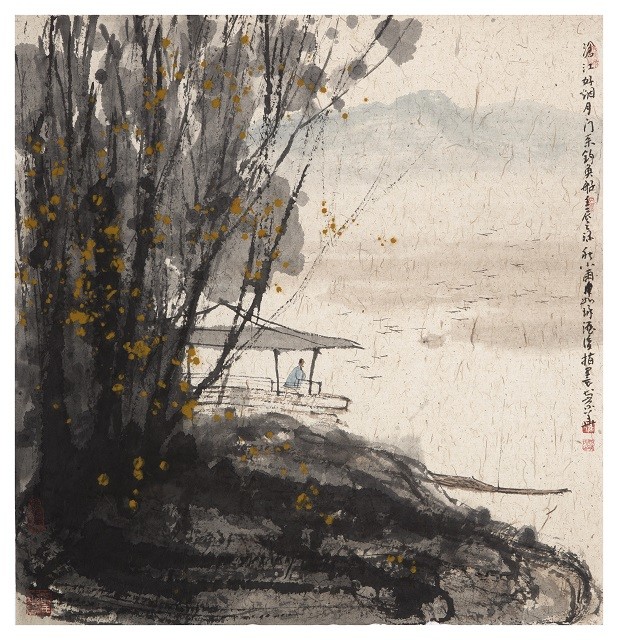
沧江好烟月，门系钓鱼船。